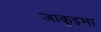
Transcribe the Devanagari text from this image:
जाकुइमा